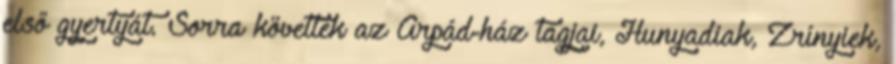
első gyertyát. Sorra követték az Árpád-ház tagjai, Hunyadiak, Zrínyiek,